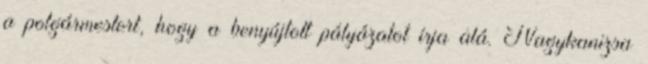
a polgármestert, hogy a benyújtott pályázatot írja alá. Nagykanizsa